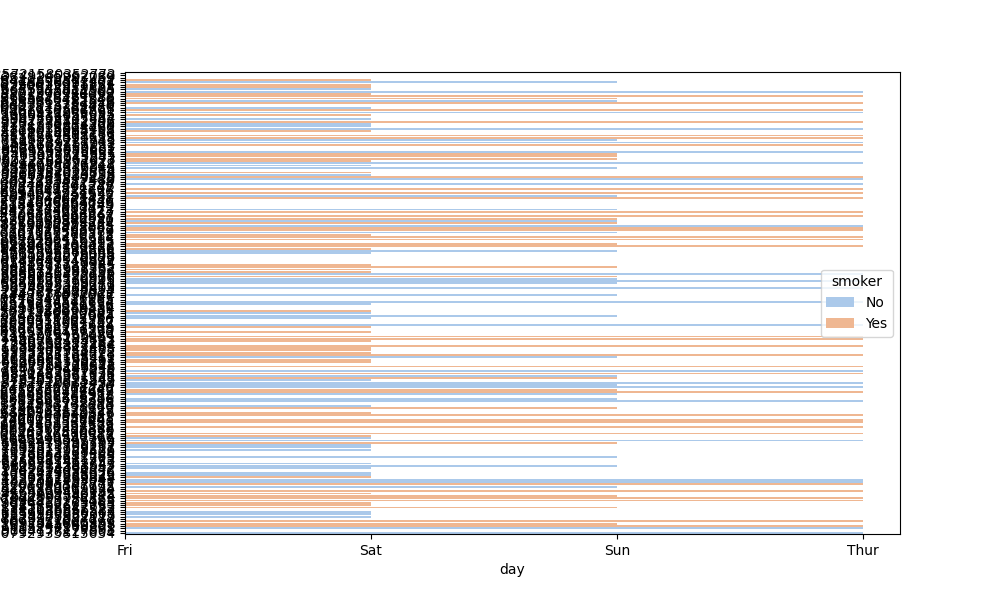
python, seaborn, barplot, hue='smoker', palette='pastel', ci=None, orient='h'